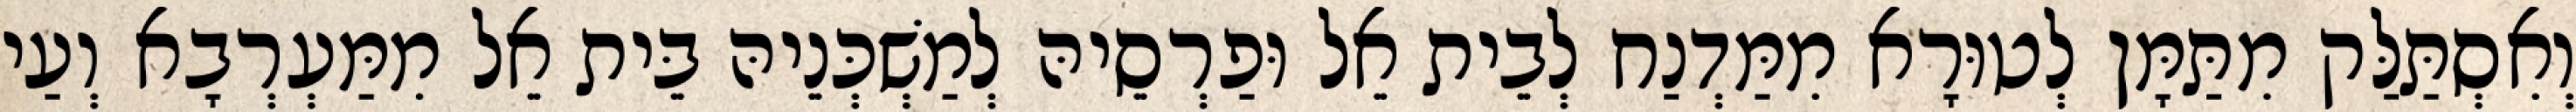
וְאִסְתַּלַּק מִתַּמָּן לְטוּרָא מִמַּדְנַח לְבֵית אֵל וּפַרְסֵיהּ לְמַשְׁכְּנֵיהּ בֵּית אֵל מִמַּעְרְבָא וְעַי